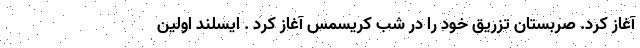
آغاز کرد. صربستان تزریق خود را در شب کریسمس آغاز کرد . ایسلند اولین